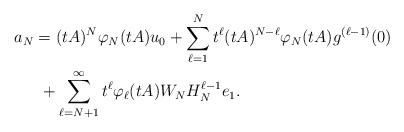
LaTeX: \begin{align*} \begin{aligned} a_N &= (tA)^N \varphi_N(tA) u_0 + \sum\limits_{\ell=1}^N t^\ell (tA)^{N-\ell} \varphi_N(t A) g^{(\ell-1)}(0) \\ & \,\, + \sum\limits_{\ell=N+1}^\infty t^\ell \varphi_\ell (t A) W_N H_N^{\ell-1} e_1.\end{aligned} \end{align*}